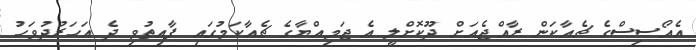
އެއޯސިސްގެ ޗެއާކަން ރާއްޖެއަށް ދޫކޮށްލީ އެ ޖަމިއްޔާގެ ޗެއާކަމުގައި ފާއިތުވި ދެ އަހަރުދުވަހު